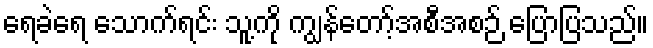
ရေခဲရေ သောက်ရင်း သူ့ကို ကျွန်တော့်အစီအစဉ် ပြောပြသည်။